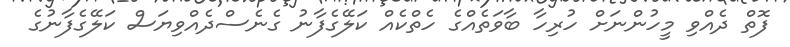
ފޮތް ދެއްވި މީހުންނަށް ހުރިހާ ބާވަތެއްގެ ހެތްކެއް ކަލޭގެފާނު ގެނެސްދެއްވިޔަސް ކަލޭގެފާނުގެ